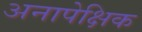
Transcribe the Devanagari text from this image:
अनापेक्षिक